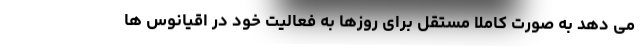
می دهد به صورت کاملا مستقل برای روزها به فعالیت خود در اقیانوس ها